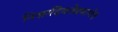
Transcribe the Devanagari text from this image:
निसर्गदेवतेप्रमाणेच